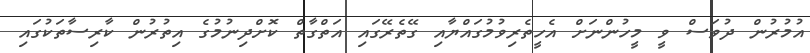
އުމުރުން ދުވަސް ވީ މީހުންނަށް އެހީތެރިވުމުގައްޔާއި ގޭތެރޭގައި އަތްގާތް ކޮށްދިނުމުގެ އިތުރުން ކާރިސާތަކުގައި